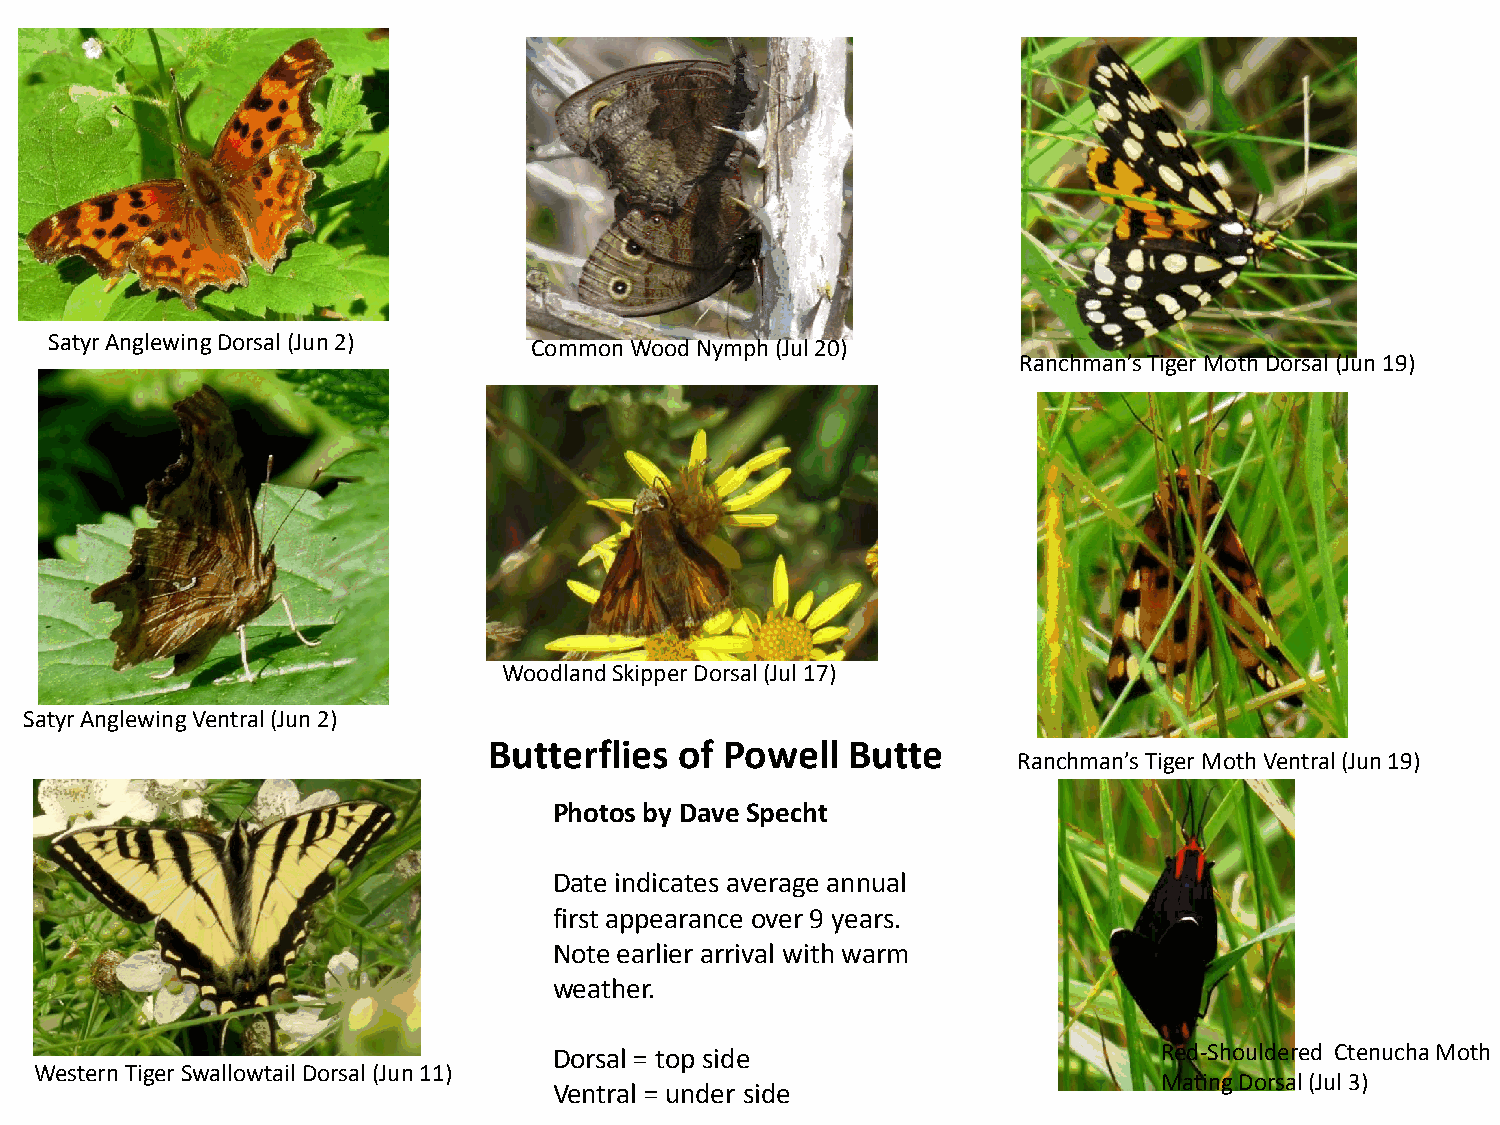
Satyr Anglewing Dorsal (Jun 2)  Common Wood Nymph (Jul 20)
 Ranchman’s Tiger Moth Dorsal (Jun 19)
 Woodland Skipper Dorsal (Jul 17)
 Satyr Anglewing Ventral (Jun 2)
 Butterflies  of Powell  Butte
 Ranchman’s Tiger Moth Ventral (Jun 19)
 Photos by Dave Specht
 Date indicates average annual
 first appearance over 9 years.
 Note earlier arrival with warm
 weather.
 Dorsal = top side                       Red-Shouldered Ctenucha Moth
 Western Tiger Swallowtail Dorsal (Jun 11)
 Mating Dorsal (Jul 3)
 Ventral = under side